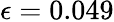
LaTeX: \epsilon=0.049